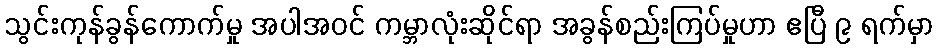
သွင်းကုန်ခွန်ကောက်မှု အပါအဝင် ကမ္ဘာလုံးဆိုင်ရာ အခွန်စည်းကြပ်မှုဟာ ဧပြီ ၉ ရက်မှာ